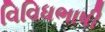
વિવિધભાષી